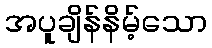
အပူချိန်နိမ့်သော